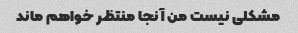
مشکلی نیست من آنجا منتظر خواهم ماند